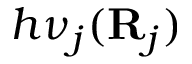
h \nu _ { j } ( \mathbf R _ { j } )